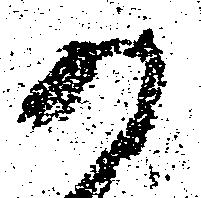
か